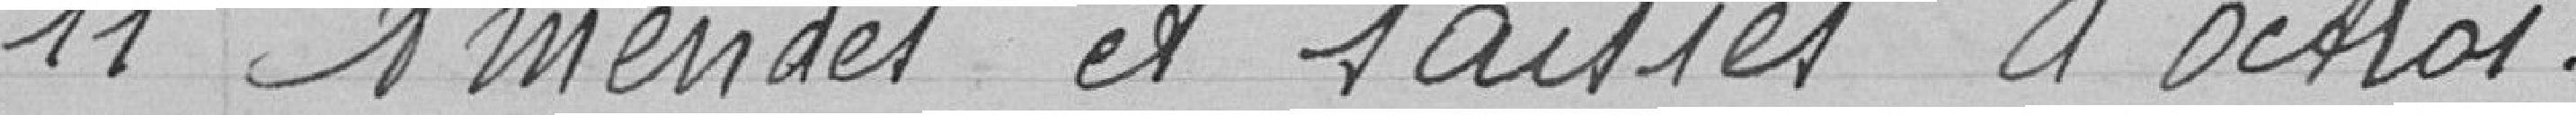
1 Amendes et saisies d'octroi